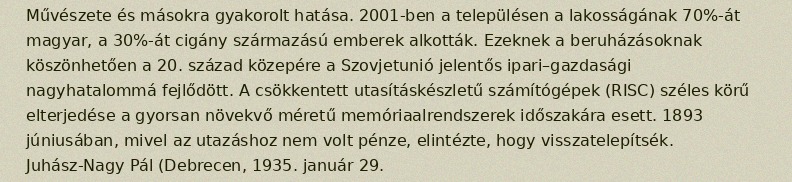
Művészete és másokra gyakorolt hatása. 2001-ben a településen a lakosságának 70%-át magyar, a 30%-át cigány származású emberek alkották. Ezeknek a beruházásoknak köszönhetően a 20. század közepére a Szovjetunió jelentős ipari–gazdasági nagyhatalommá fejlődött. A csökkentett utasításkészletű számítógépek (RISC) széles körű elterjedése a gyorsan növekvő méretű memóriaalrendszerek időszakára esett. 1893 júniusában, mivel az utazáshoz nem volt pénze, elintézte, hogy visszatelepítsék. Juhász-Nagy Pál (Debrecen, 1935. január 29.